Annual vaccination report of Bihar and Orissa - 1911-1928
Year: 1911
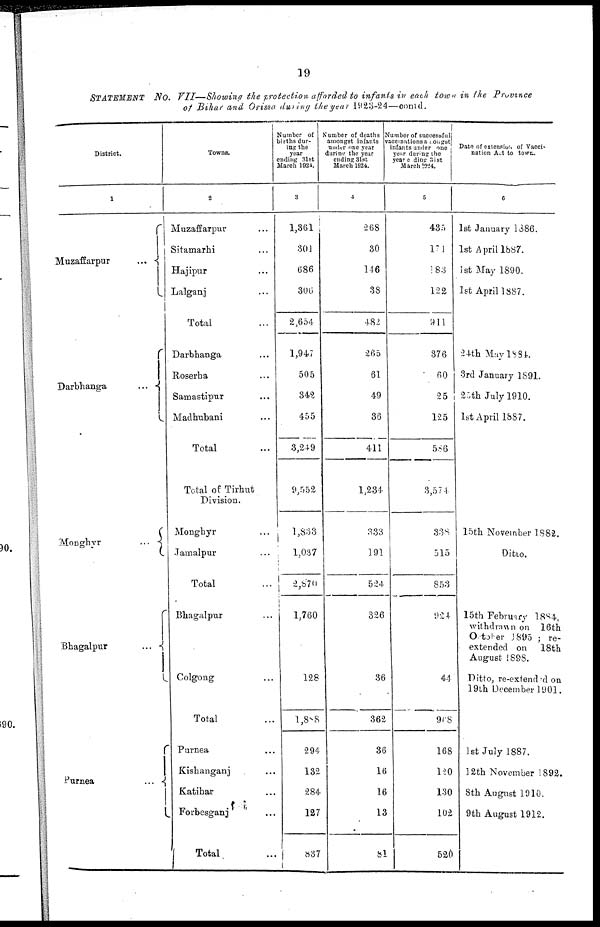
19
STATEMENT No. VII—Showing the protection afforded to infants in each town in the Province
of Bihar and Orissa during the year 1923-24—comd.
District.
1
Muzaffarpur
...
Darbhanga
...
Monghyr
...
Bhagalpur
...
Purnea
...
Towns.
2
Muzaffarpur ...
Sitamarhi ...
Hajipur ...
Lalganj ...
Total ...
Darbhanga ...
Roserha ...
Samastipur ...
Madhubani ...
Total ...
Total of Tirhut
Division.
Monghyr ...
Jamalpur ...
Total ...
Bhagalpur ...
Colgong ...
Total ...
Purnea ...
Kishanganj ...
Katihar ...
Forbesganj
Total
Number of
births dur-
ing the
year
ending 31st
March 1924.
3
1,361
301
686
306
2,654
1,947
505
342
455
3,249
9,552
1,833
1,037
2,870
1,760
128
l,888
294
132
284
127
837
Number of deaths
amongst infants
under one year
during the year
ending 31st
March 1924.
4
268
30
146
38
482
265
61
49
36
411
1,234
333
191
524
326
36
362
36
16
16
13
81
Number of successful
vaccinations amongst
infants under one
year during the
year ending 31st
March 1924.
5
435
171
188
122
911
376
60
25
125
586
3,574
338
515
853
924
44
968
168
120
130
102
520
Date of extension of Vacci-
nation Act to town.
6
1st January 1886.
1st April 1887.
1st May 1890.
1st April 1887.
24th May 1884.
3rd January 1891.
25th July 1910.
1st April 1887.
15th November 1882.
Ditto.
15th February 1884,
withdrawn on 16th
October 1895 ; re-
extended on 18th
August 1898.
Ditto, re-extended on
19th December 1901.
1st July 1887.
12th November 1892.
8th August 1910.
9th August 1912.